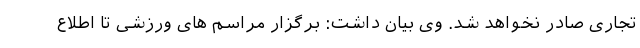
تجاری صادر نخواهد شد. وی بیان داشت: برگزار مراسم های ورزشی تا اطلاع